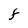
Character: F